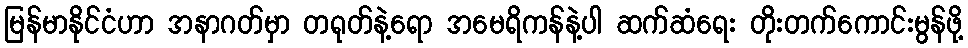
မြန်မာနိုင်ငံဟာ အနာဂတ်မှာ တရုတ်နဲ့ရော အမေရိကန်နဲ့ပါ ဆက်ဆံရေး တိုးတက်ကောင်းမွန်ဖို့